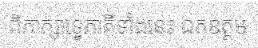
ពិភាក្សាទ្វេភាគីទាំងនេះ ឯកឧត្តម